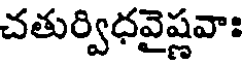
చతుర్విధవైష్ణవా: